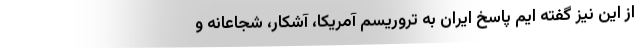
از این نیز گفته ایم پاسخ ایران به تروریسم آمریکا، آشکار، شجاعانه و